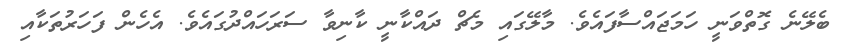
ބެލޭނެ ގޮތްވަނީ ހަމަޖައްސާފައެވެ. މާލޭގައި މެޗް ދައްކާނީ ކާނިވާ ސަރަހައްދުގައެވެ. އެހެން ފަހަރުތަކާއި